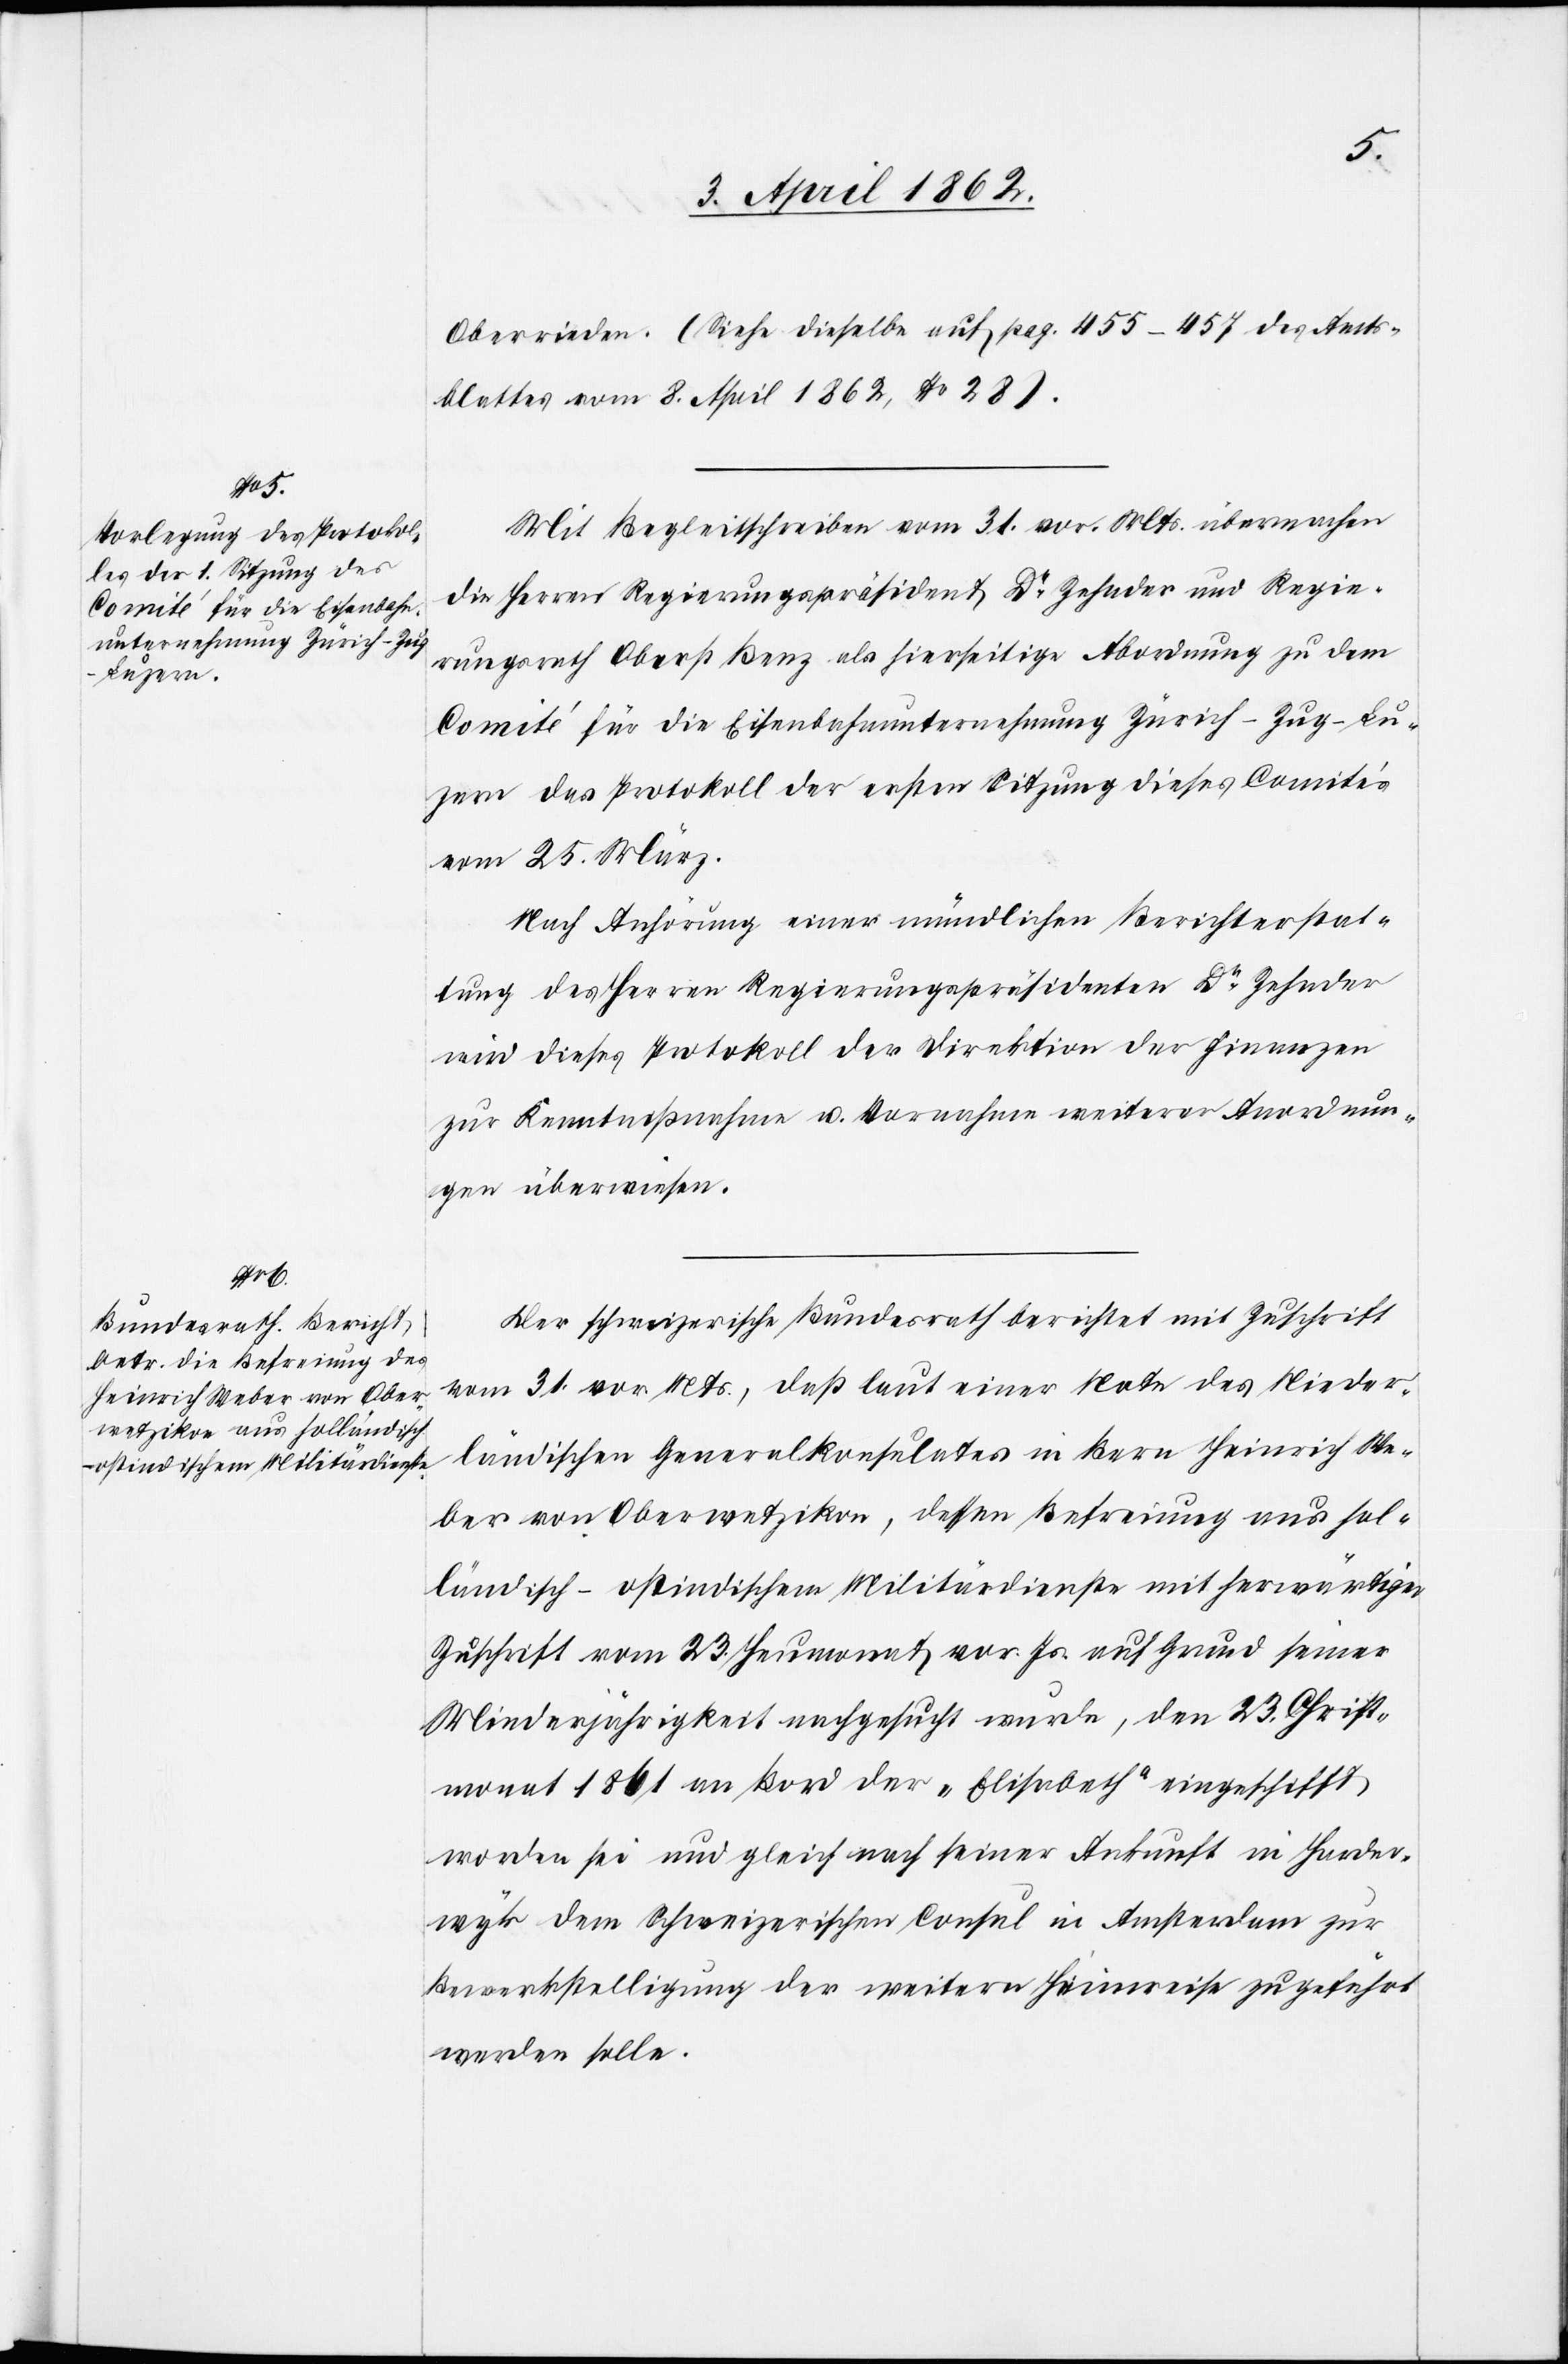
Oberrieden. (Siehe dieselbe auf pag. 455–457 des Amts¬
blattes vom 8. April 1862, No. 28).
Mit Begleitschreiben vom 31. vor. Mts. übermachen
die Herren Regierungspräsident Dr. Zehnder und Regie¬
rungsrath Oberst Benz als hierseitige Abordnung zu dem
Comité für die Eisenbahnunternehmung Zürich-Zug-Lu¬
zern das Protokoll der ersten Sitzung dieses Comités
am 25. März.
Nach Anhörung einer mündlichen Berichterstat¬
tung des Herren Regierungspräsidenten Dr. Zehnder
wird dieses Protokoll der Direktion der Finanzen
zur Kenntnißnahme u. Vornahme weiterer Anordnun¬
gen überwiesen.
Der schweizerische Bundesrath berichtet mit Zuschrift
vom 31. vor. Mts., daß laut einer Note des Nieder¬
ländischen Generalkonsulates in Bern Heinrich We¬
ber von Oberwetzikon, dessen Befreiung aus hol¬
ländisch-ostindischem Militärdienste mit herwärtiger
Zuschrift vom 23. Heumonat vor. Js. auf Grund seiner
Minderjährigkeit nachgesucht wurde, den 23. Christ¬
monat 1861 an Bord der „Elisabeth“ eingeschifft
worden sei und gleich nach seiner Ankunft in Harder¬
wyk dem Schweizerischen Consul in Amsterdam zur
Bewerkstelligung der weitern Heimreise zugeführt
werden solle.